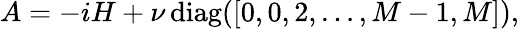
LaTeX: A=-iH+\nu\, \mathrm{diag}([0,0,2,\dots,M-1,M]),